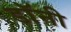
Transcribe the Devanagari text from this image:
डाॅनी